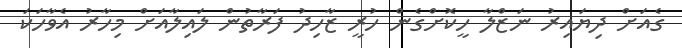
ގެއަށް ދިޔައިރު ނަޒްލާ ހީކޮށްގެން ހުރީ ޒާހިދު ފަރާތުން ލައިލާއަށް މިހާރު އެވާހަކަ